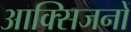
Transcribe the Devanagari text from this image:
आक्सिजनों